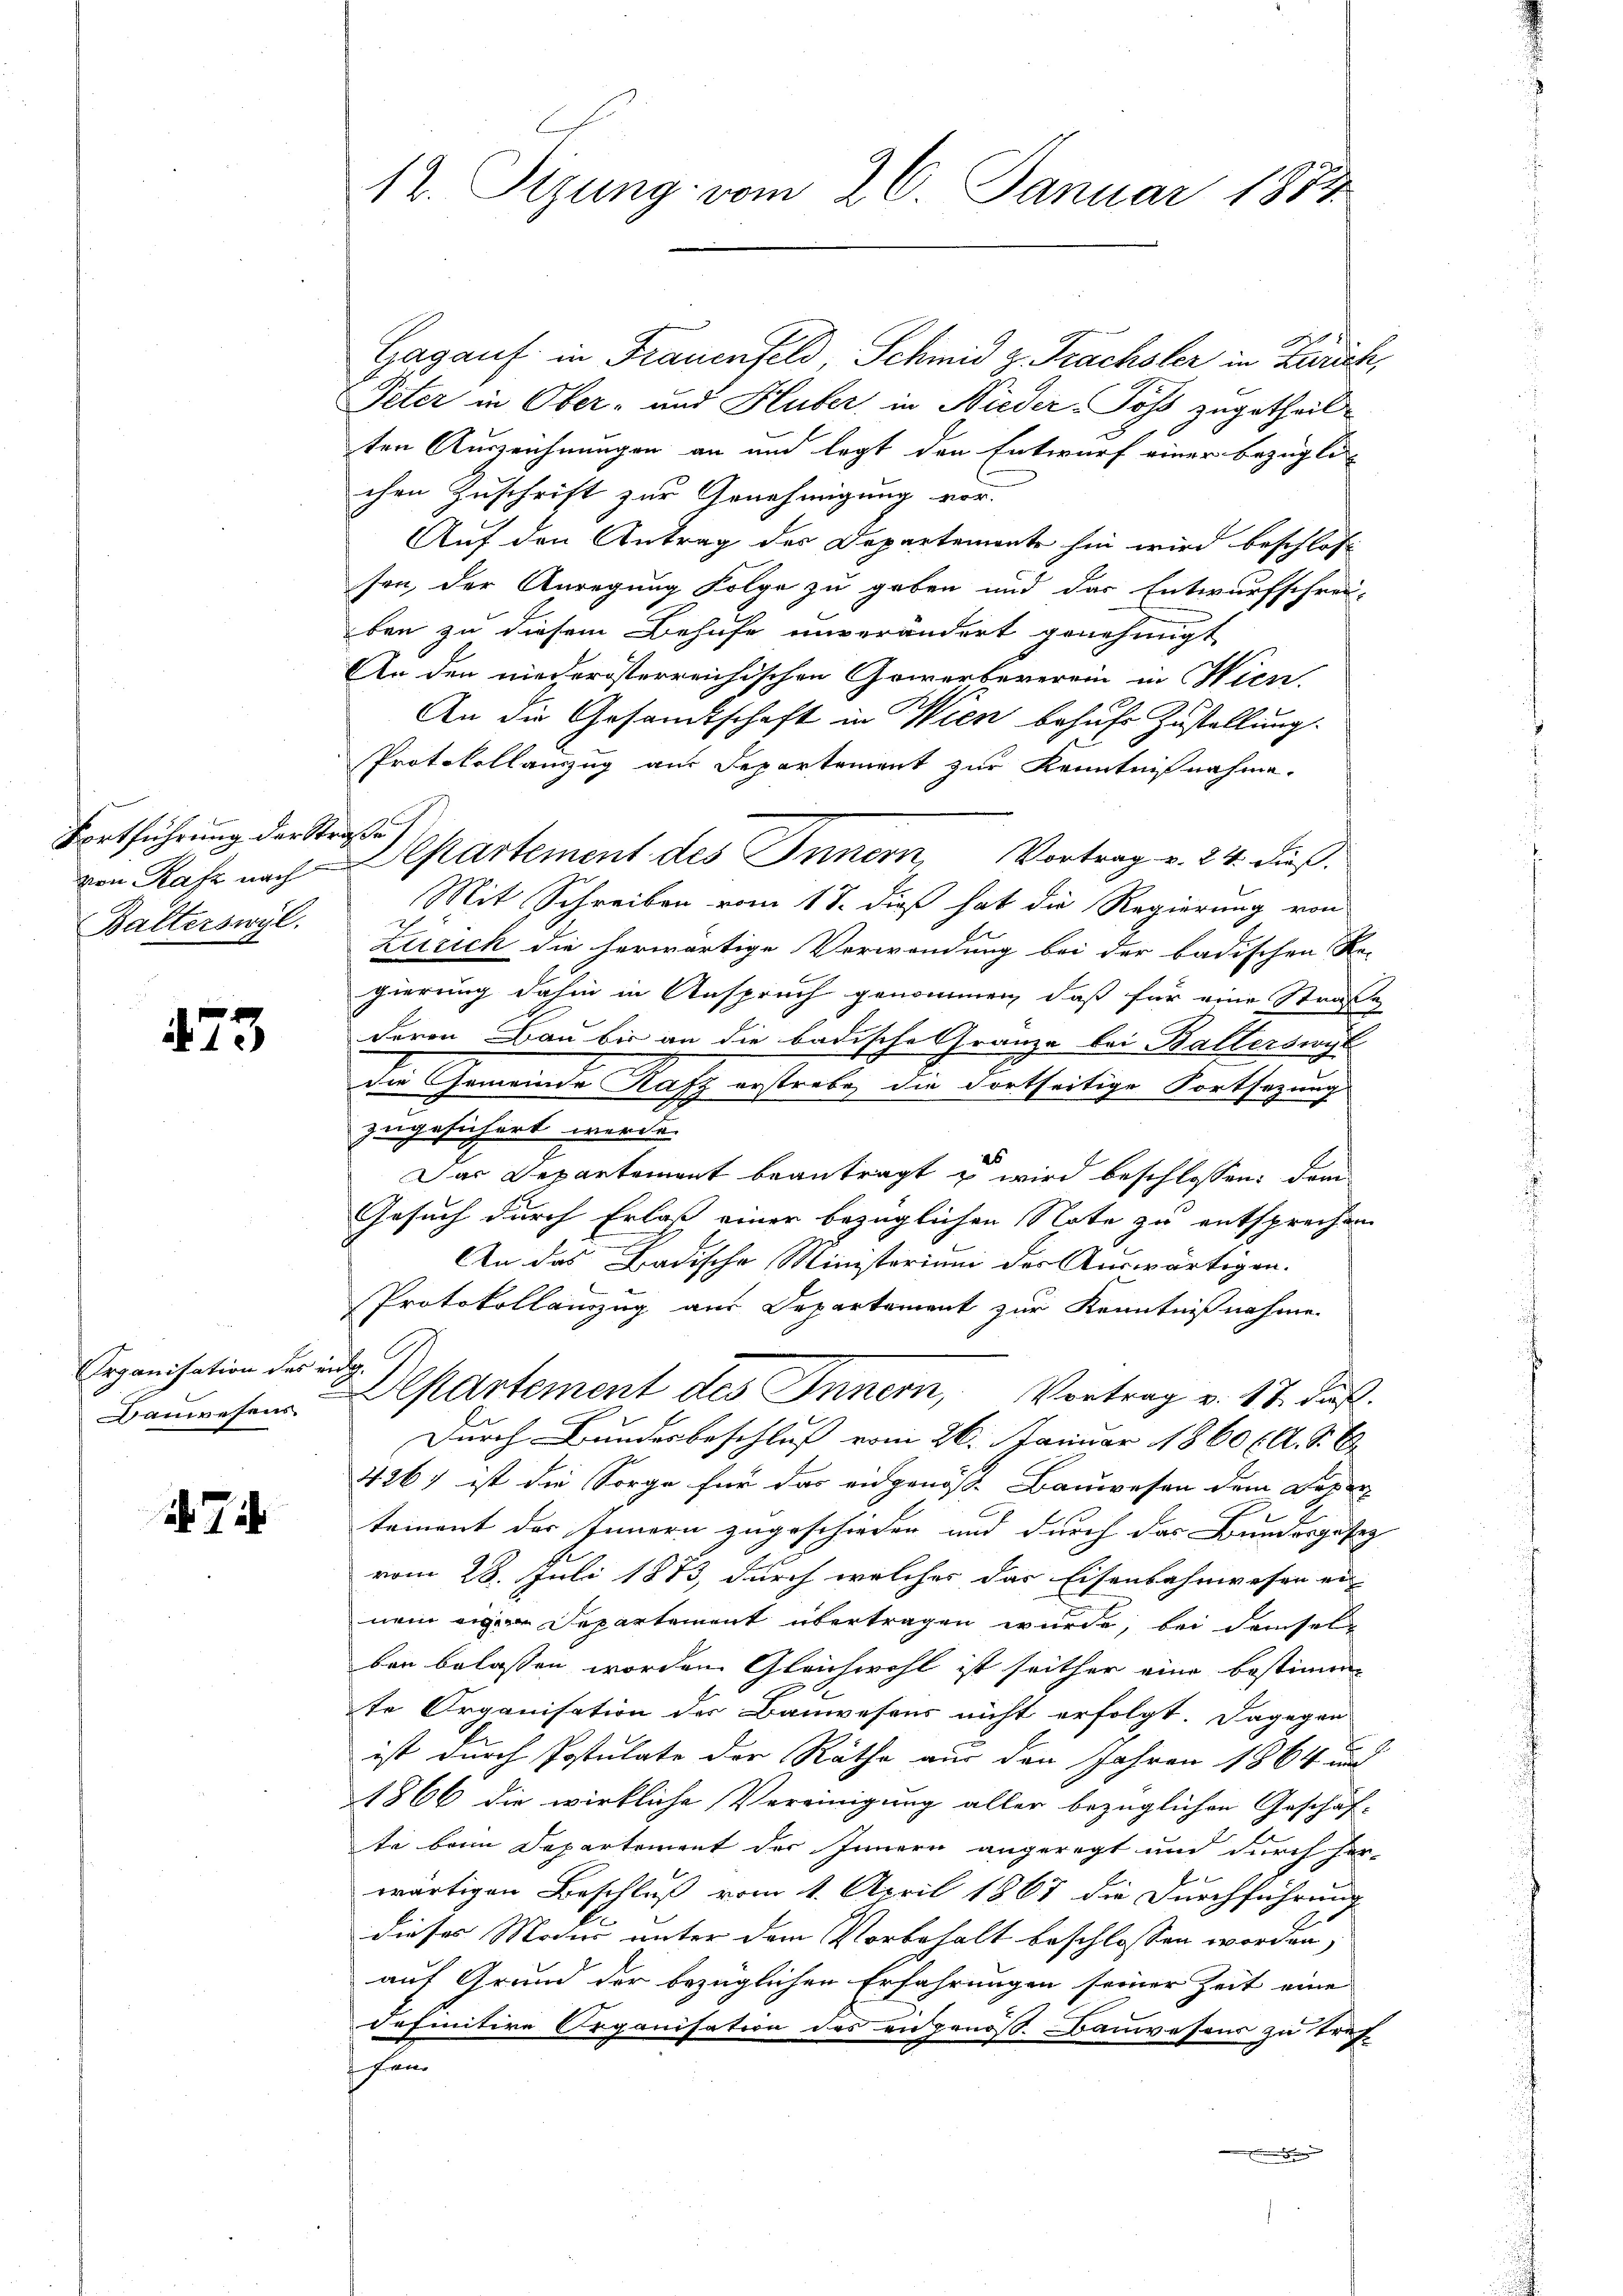
Fortführung der Straße
Balterswyl.

473

Organisation des eidg.
Bauwesens.

7

12. Sizung vom 26. Januar 1884.

Gagauf in Frauenfeld, Schmid z. Frachsler in Zürich,
Peter in Ober- und Huber, in Nieder-Poss zugetheil
ten Auszeichnungen an und legt den Entwurf einer bezügli
chen Zuschrift zur Genehmigung vor.
Auf den Antrag des Departemente hin wird beschlos
sen, der Anregung Folge zu geben und das Entwurfschrei-
ben zu diesem Behufe unverändert genehmigt
An den niederösterreichischen Gewerbeverein in Wien.
An die Gesamtschaft in Wien behufs Zustellung
Protokollauszug aus Departement zur Kenntnißnahme.
Mit Schreiben vom 17. dieß hat die Regierung von
Zürich die herwärtige Verwendung bei der badischen Re-
gierung dahin in Anspruch genommen, daß für eine Straße
deren Bau bis an die badische Gränze bei Balterswyl
die Gemeinde Rafz erstrebe, die dortseitige Fortsazung
zugesichert werde.
25
Das Departement beantragt & wird beschlossen: dem
Gesuch durch Erlaß einer bezüglichen Note zu entsprechen
An das Badische Ministerium der Auswärtigen-
Protokollauszug aus Departement zur Kenntnißnahme
Departement des Innern, Vortrag v. 17. Fuß.
Durch Bundesbeschluß vom 26. Januar 1860 (lt. S. 6
426) ist die Sorge für das eidgenöss. Bauwesen dem Daher |
teinent des Innern zugeschieden und durch das Bundergesez
vom 28. Juli 1883, durch welches das Eisenbahnwesen er-
nem eigen Departement übertragen wurde, bei demsel
ben belassen worden. Gleichwohl ist seither eine bestimm-
te Organisation des Bauwesens nicht erfolgt. Dagegen
ist durch Postulate der Räthe aus den Jahren 1864 und
1866 die wirkliche Vereinigung aller bezüglichen Geschäf-
te bei Departement der Innern angeregt und durch her-
wärtigen Beschluß vom 1. April 1867 die Durchführung
dieses Macio unter dem Vorbehalt beschlossen worden,
auf Grund der bezüglichen Erfahrungen seiner Zeit eine
definitive Organisation des angenöss. Bauwesens zu tref
hei

von Rafz nach Departement des Innern Vortrag v. 24. dieß.